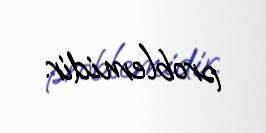
problemidir.